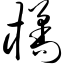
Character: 橘